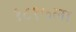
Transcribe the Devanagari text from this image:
१८१७ला